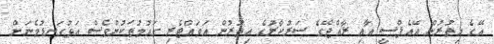
އޭގެ އިތުރުން އޭއެފްސީ އާއި ރާއްޖޭގެ ސަރުކާރުގެ އިތުރުން އަވައްޓެރި ގައުމުތަކުންވެސް އަޅުގަނޑުމެނަށް